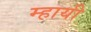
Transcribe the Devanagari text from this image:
म्हायी